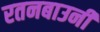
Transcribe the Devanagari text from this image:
रतनबाउनी